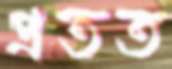
প্রতত